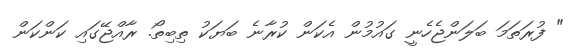
" ފުރަތަމަ ބަލަންޖެހެނީ ގައުމުން އެކަން ކުރާނެ ބަޔަކު ތިބިތޯ. ރާއްޖޭގައި ކަންކަން